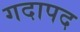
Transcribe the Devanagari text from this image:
गदापद